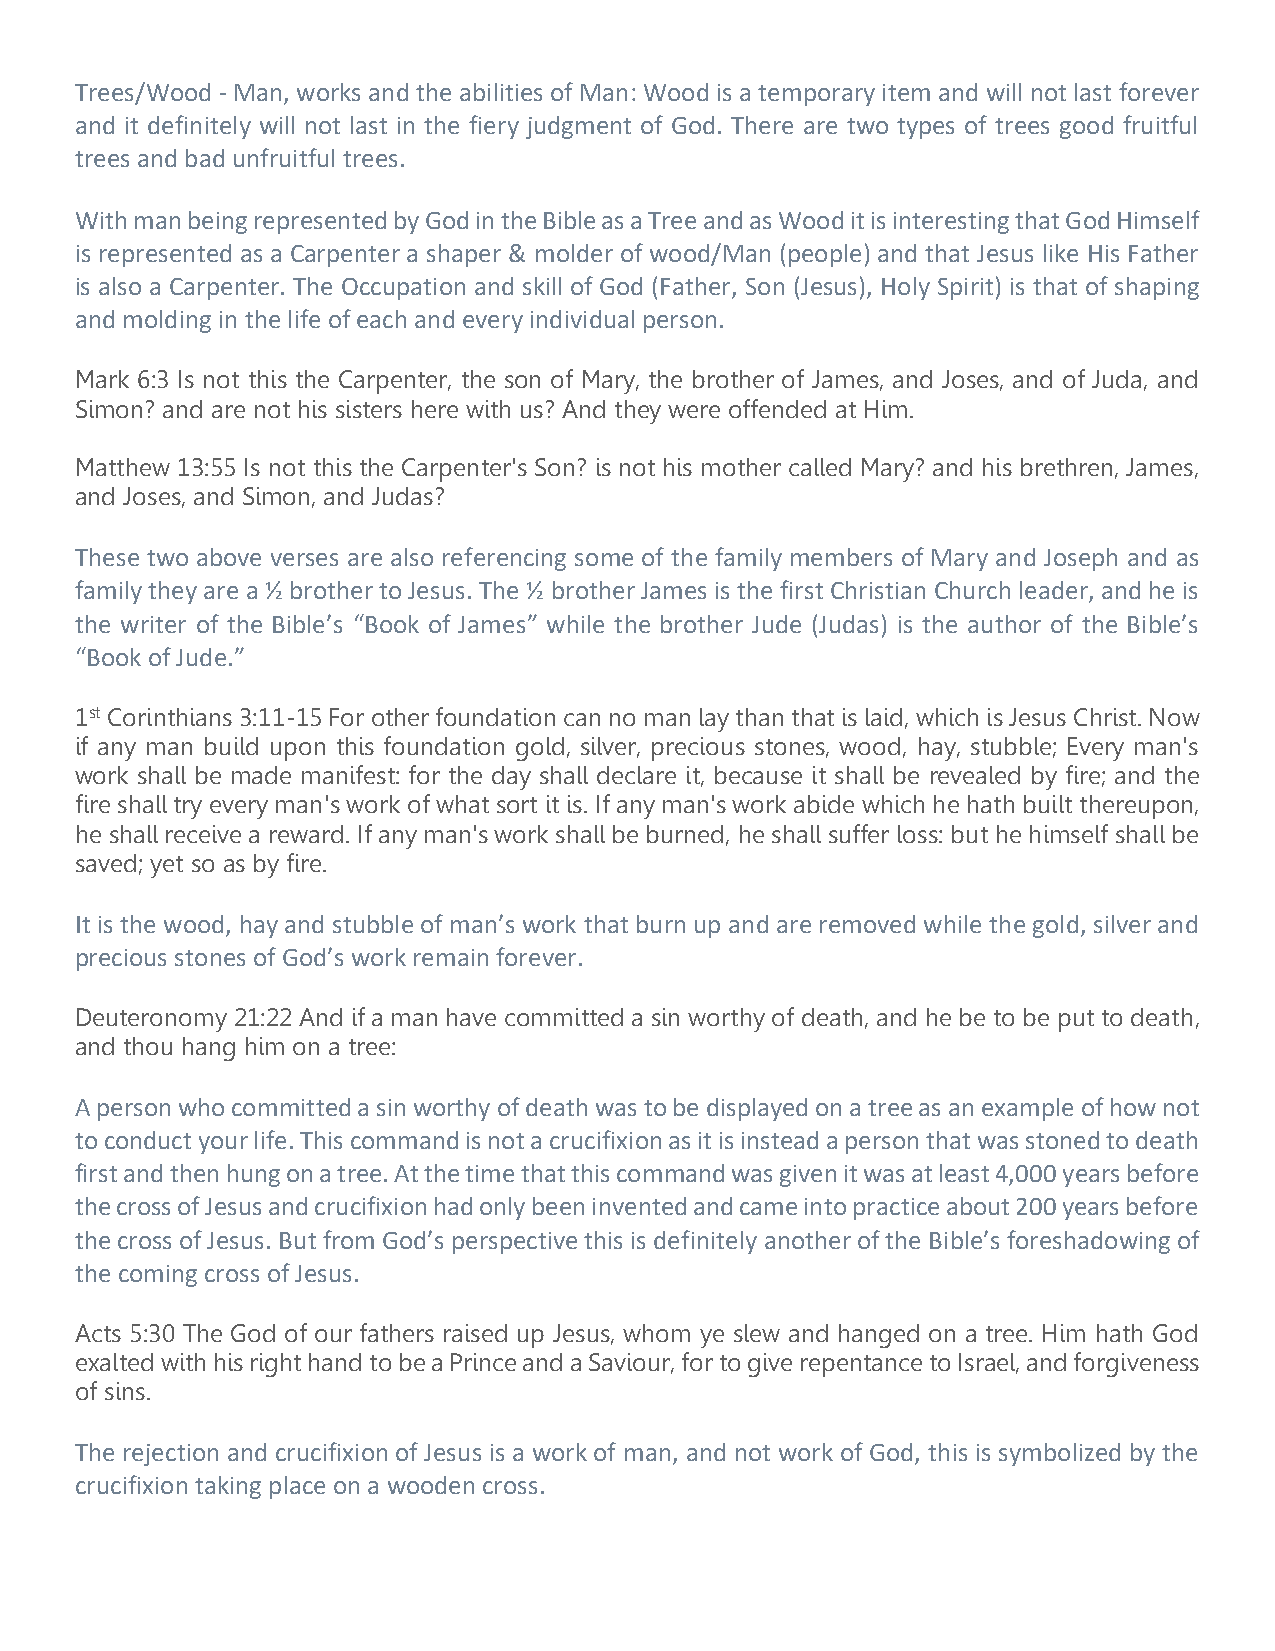
Trees/Wood - Man, works and the abilities of Man: Wood is a temporary item and will not last forever
 and it definitely will not last in the fiery judgment of God. There are two types of trees good fruitful
 trees and bad unfruitful trees.
 With man being represented by God in the Bible as a Tree and as Wood it is interesting that God Himself
 is represented as a Carpenter a shaper & molder of wood/Man (people) and that Jesus like His Father
 is also a Carpenter. The Occupation and skill of God (Father, Son (Jesus), Holy Spirit) is that of shaping
 and molding in the life of each and every individual person.
 Mark 6:3 Is not this the Carpenter, the son of Mary, the brother of James, and Joses, and of Juda, and
 Simon? and are not his sisters here with us? And they were offended at Him.
 Matthew 13:55 Is not this the Carpenter's Son? is not his mother called Mary? and his brethren, James,
 and Joses, and Simon, and Judas?
 These two above verses are also referencing some of the family members of Mary and Joseph and as
 family they are a ½ brother to Jesus. The ½ brother James is the first Christian Church leader, and he is
 the writer of the Bible’s “Book of James” while the brother Jude (Judas) is the author of the Bible’s
 “Book of Jude.”
 1st Corinthians 3:11-15 For other foundation can no man lay than that is laid, which is Jesus Christ. Now
 if any man build upon this foundation gold, silver, precious stones, wood, hay, stubble; Every man's
 work shall be made manifest: for the day shall declare it, because it shall be revealed by fire; and the
 fire shall try every man's work of what sort it is. If any man's work abide which he hath built thereupon,
 he shall receive a reward. If any man's work shall be burned, he shall suffer loss: but he himself shall be
 saved; yet so as by fire.
 It is the wood, hay and stubble of man’s work that burn up and are removed while the gold, silver and
 precious stones of God’s work remain forever.
 Deuteronomy 21:22 And if a man have committed a sin worthy of death, and he be to be put to death,
 and thou hang him on a tree:
 A person who committed a sin worthy of death was to be displayed on a tree as an example of how not
 to conduct your life. This command is not a crucifixion as it is instead a person that was stoned to death
 first and then hung on a tree. At the time that this command was given it was at least 4,000 years before
 the cross of Jesus and crucifixion had only been invented and came into practice about 200 years before
 the cross of Jesus. But from God’s perspective this is definitely another of the Bible’s foreshadowing of
 the coming cross of Jesus.
 Acts 5:30 The God of our fathers raised up Jesus, whom ye slew and hanged on a tree. Him hath God
 exalted with his right hand to be a Prince and a Saviour, for to give repentance to Israel, and forgiveness
 of sins.
 The rejection and crucifixion of Jesus is a work of man, and not work of God, this is symbolized by the
 crucifixion taking place on a wooden cross.